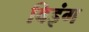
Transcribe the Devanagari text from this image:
बिइंग